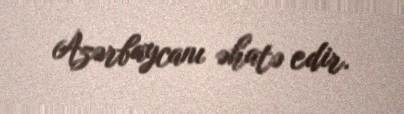
Azərbaycanı əhatə edir.